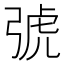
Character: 𢏯